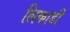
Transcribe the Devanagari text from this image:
लिकाडी